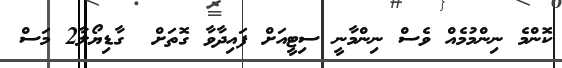
ކޮންމެ ނިންމުމެއް ވެސް ނިންމާނީ ސިޓީއަށް ފައިދާވާ ގޮތަށް  ގާޑިޔޯލާ2 މަސް